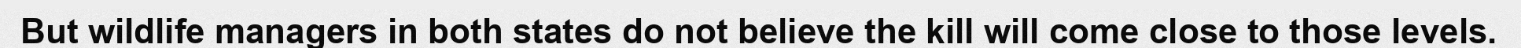
But wildlife managers in both states do not believe the kill will come close to those levels.